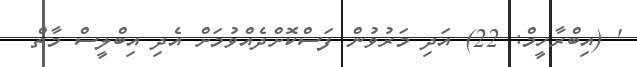
' (އިބްރާހީމް: 22) އަދި މަރުވުން ފަސްކޮށްދެއްވުމަށް އެދި އިބްލީސް މާތް